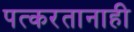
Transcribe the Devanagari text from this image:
पत्करतानाही